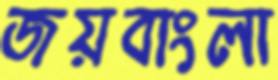
জয়বাংলা